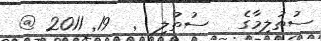
ސުތުލިމާގެ   ސުތުލި